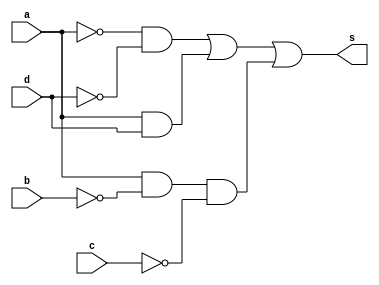
//---------------------------
//Nome: Felipe Pacifico
//Matrcula: 389868
//---------------------------

//--------------------------
// ------- Guia08-02--------
//--------------------------



module ex2(s, a, b, c, d);
	output s;
	input a, b, c, d;
	wire n1, n2, n3, n4, c1, c2, c3;
	not NOT1(n1, a);
	not NOT2(n2, b);
	not NOT3(n3, c);
	not NOT4(n4, d);
	and AND1(c1, n1, n4);
	and AND2(c2, a, d);
	and AND3(c3, a, n2, n3);
	or OR1(s, c1, c2, c3);
endmodule // fim ex2

module testeex2();
	reg a, b, c, d;
	wire s;
	integer numero, i, j, k, l;

	ex2 EX2(s, a, b, c, d);

	initial begin
		a = 0;
		b = 0;
		c = 0;
		d = 0;
		numero = -1;
	end

	initial begin
		$display("Guia08-02 - Felipe Pacifico - 389868 \n");
		#1 $display("   a b c d  Out");

		for(i = 0; i < 2; i = i + 1)begin
			a = i;
			for(j = 0; j < 2; j = j + 1)begin
				b = j;
				for(k = 0; k < 2; k = k + 1)begin
					c = k;
					for(l = 0; l < 2; l = l + 1)begin
						#1 d = l; numero = numero + 1;
						#1 $display("%2d %b %b %b %b  %b", numero, a, b, c, d, s);
					end
				end
			end
		end
	end
	
endmodule //fim testeex2